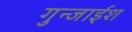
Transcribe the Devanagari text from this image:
गुन्जाईश